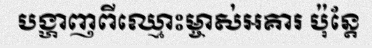
បង្ហាញពីឈ្មោះម្ចាស់អគារ ប៉ុន្តែ